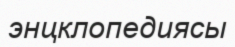
энцклопедиясы